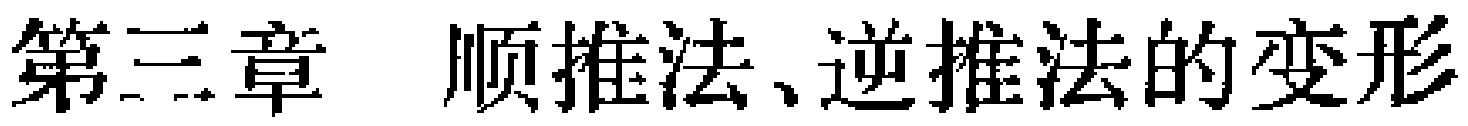
第三章 顺推法、逆推法的变形